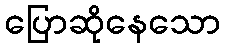
ပြောဆိုနေသော